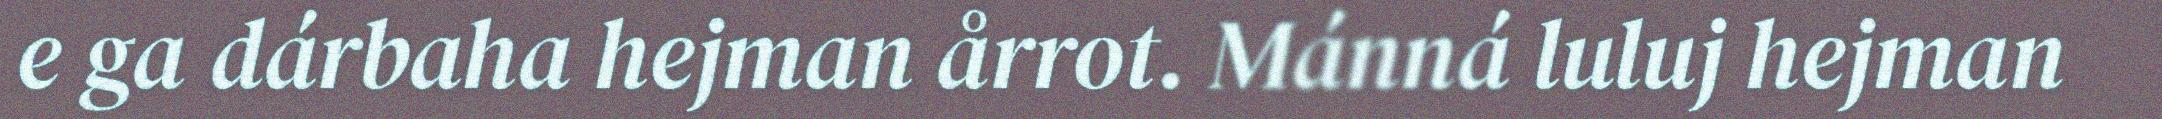
e ga dárbaha hejman årrot. Mánná luluj hejman